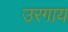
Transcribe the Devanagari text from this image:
उरगाय